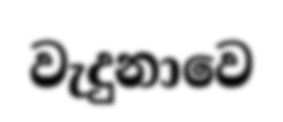
වැදුනාවෙ